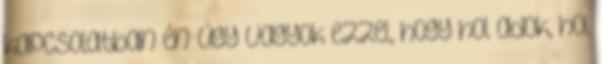
kapcsolatban én úgy vagyok ezzel, hogy hol adok, hol